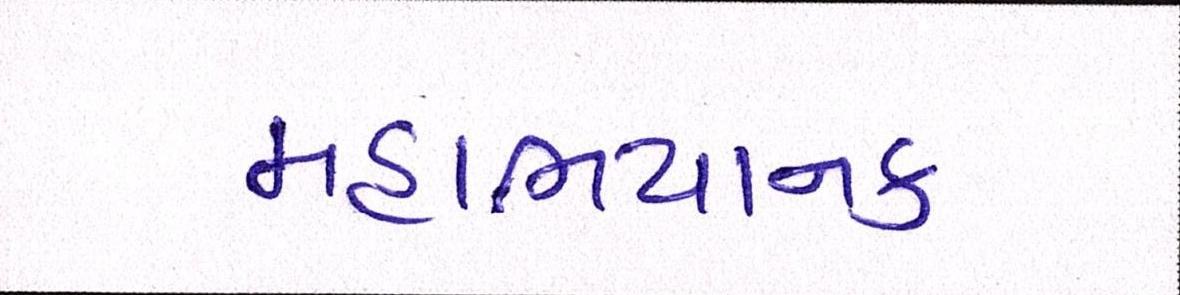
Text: મહાભયાનક